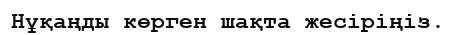
Нұқаңды көрген шақта жесіріңіз.